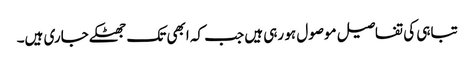
تباہی کی تفاصیل موصول ہو رہی ہیں جب کہ ابھی تک جھٹکے جاری ہیں۔